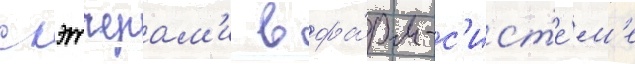
с кэтчерам'и в фа́рм-с'ист'е́м'е